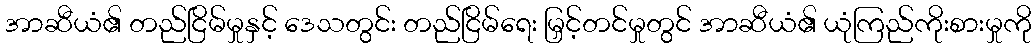
အာဆီယံ၏ တည်ငြိမ်မှုနှင့် ဒေသတွင်း တည်ငြိမ်ရေး မြှင့်တင်မှုတွင် အာဆီယံ၏ ယုံကြည်ကိုးစားမှုကို